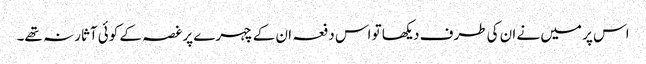
اس پر میں نے ان کی طرف دیکھا تو اس دفعہ ان کے چہرے پر غصہ کے کوئی آثار نہ تھے۔